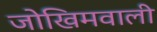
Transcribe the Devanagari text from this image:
जोखिमवाली